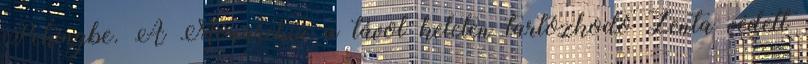
Pekingbe. A Monarchia a távol keleten tartózkodó Zenta védett